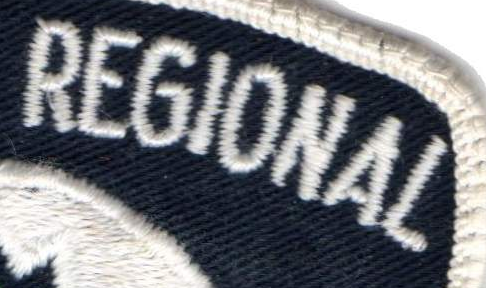
REGIONAL